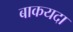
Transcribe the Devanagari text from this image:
बाकयदा